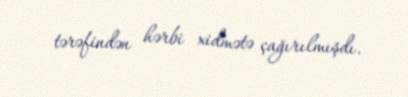
tərəfindən hərbi xidmətə çağırılmışdı.